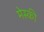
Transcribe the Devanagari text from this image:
मेस्की